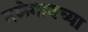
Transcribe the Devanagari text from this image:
तळेगावच्या